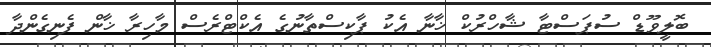
ބޮލީވޫޑް ސުޕަސްޓާ ޝާހްރުކް ޚާނާ އެކު ޕާކިސްތާނުގެ އެކްޓްރެސް މާހިރާ ޚާން ފެނިގެންދާ